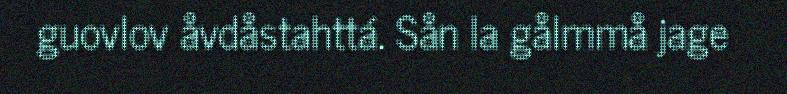
guovlov åvdåstahttá. Sån la gålmmå jage